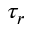
\tau _ { r }